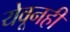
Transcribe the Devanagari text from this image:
येवूनही